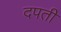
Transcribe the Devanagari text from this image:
दपती